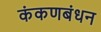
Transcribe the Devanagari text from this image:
कंकणबंधन